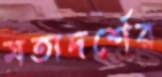
মতাদর্শের